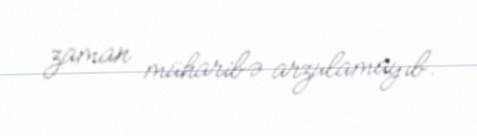
zaman müharibə arzulamayıb.